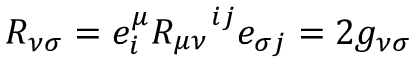
R _ { \nu \sigma } = e _ { i } ^ { \mu } R _ { \mu \nu } ^ { \quad i j } e _ { \sigma j } = 2 g _ { \nu \sigma }